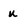
Character: u